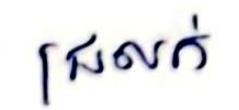
ជ្រលក់